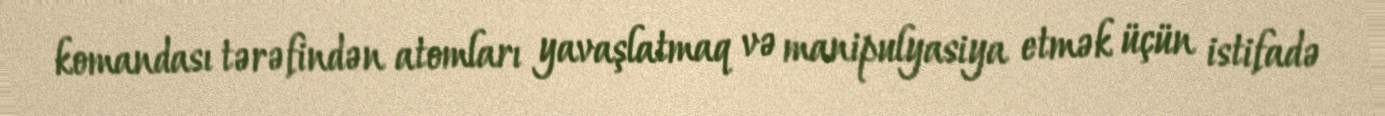
komandası tərəfindən atomları yavaşlatmaq və manipulyasiya etmək üçün istifadə